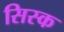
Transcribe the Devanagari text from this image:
सिस्क